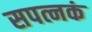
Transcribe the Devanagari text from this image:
सपत्नकं